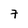
Character: 7